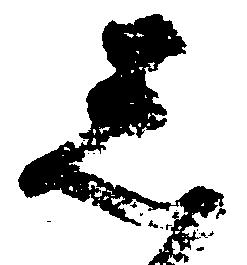
忩